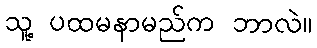
သူ့ ပထမနာမည်က ဘာလဲ။